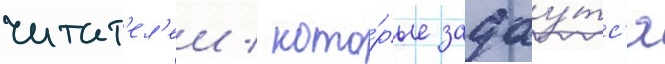
читат'ел'еи / кото́рые задау́тс'я